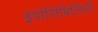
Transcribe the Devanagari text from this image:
इंपॉसिबिलिटी